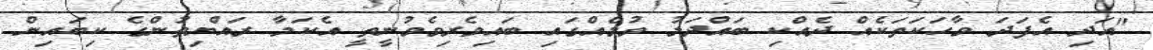
"އަދި އެފަދަ ވާހަކަތަކެއް ދެއްކި ބައްދަލު ވުމެއްގައި ބައިވެރިވެވުނީތީ އެކަމާ ރައްޔިތުންގެ ކިބައިން